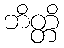
ဘိတ္တိ